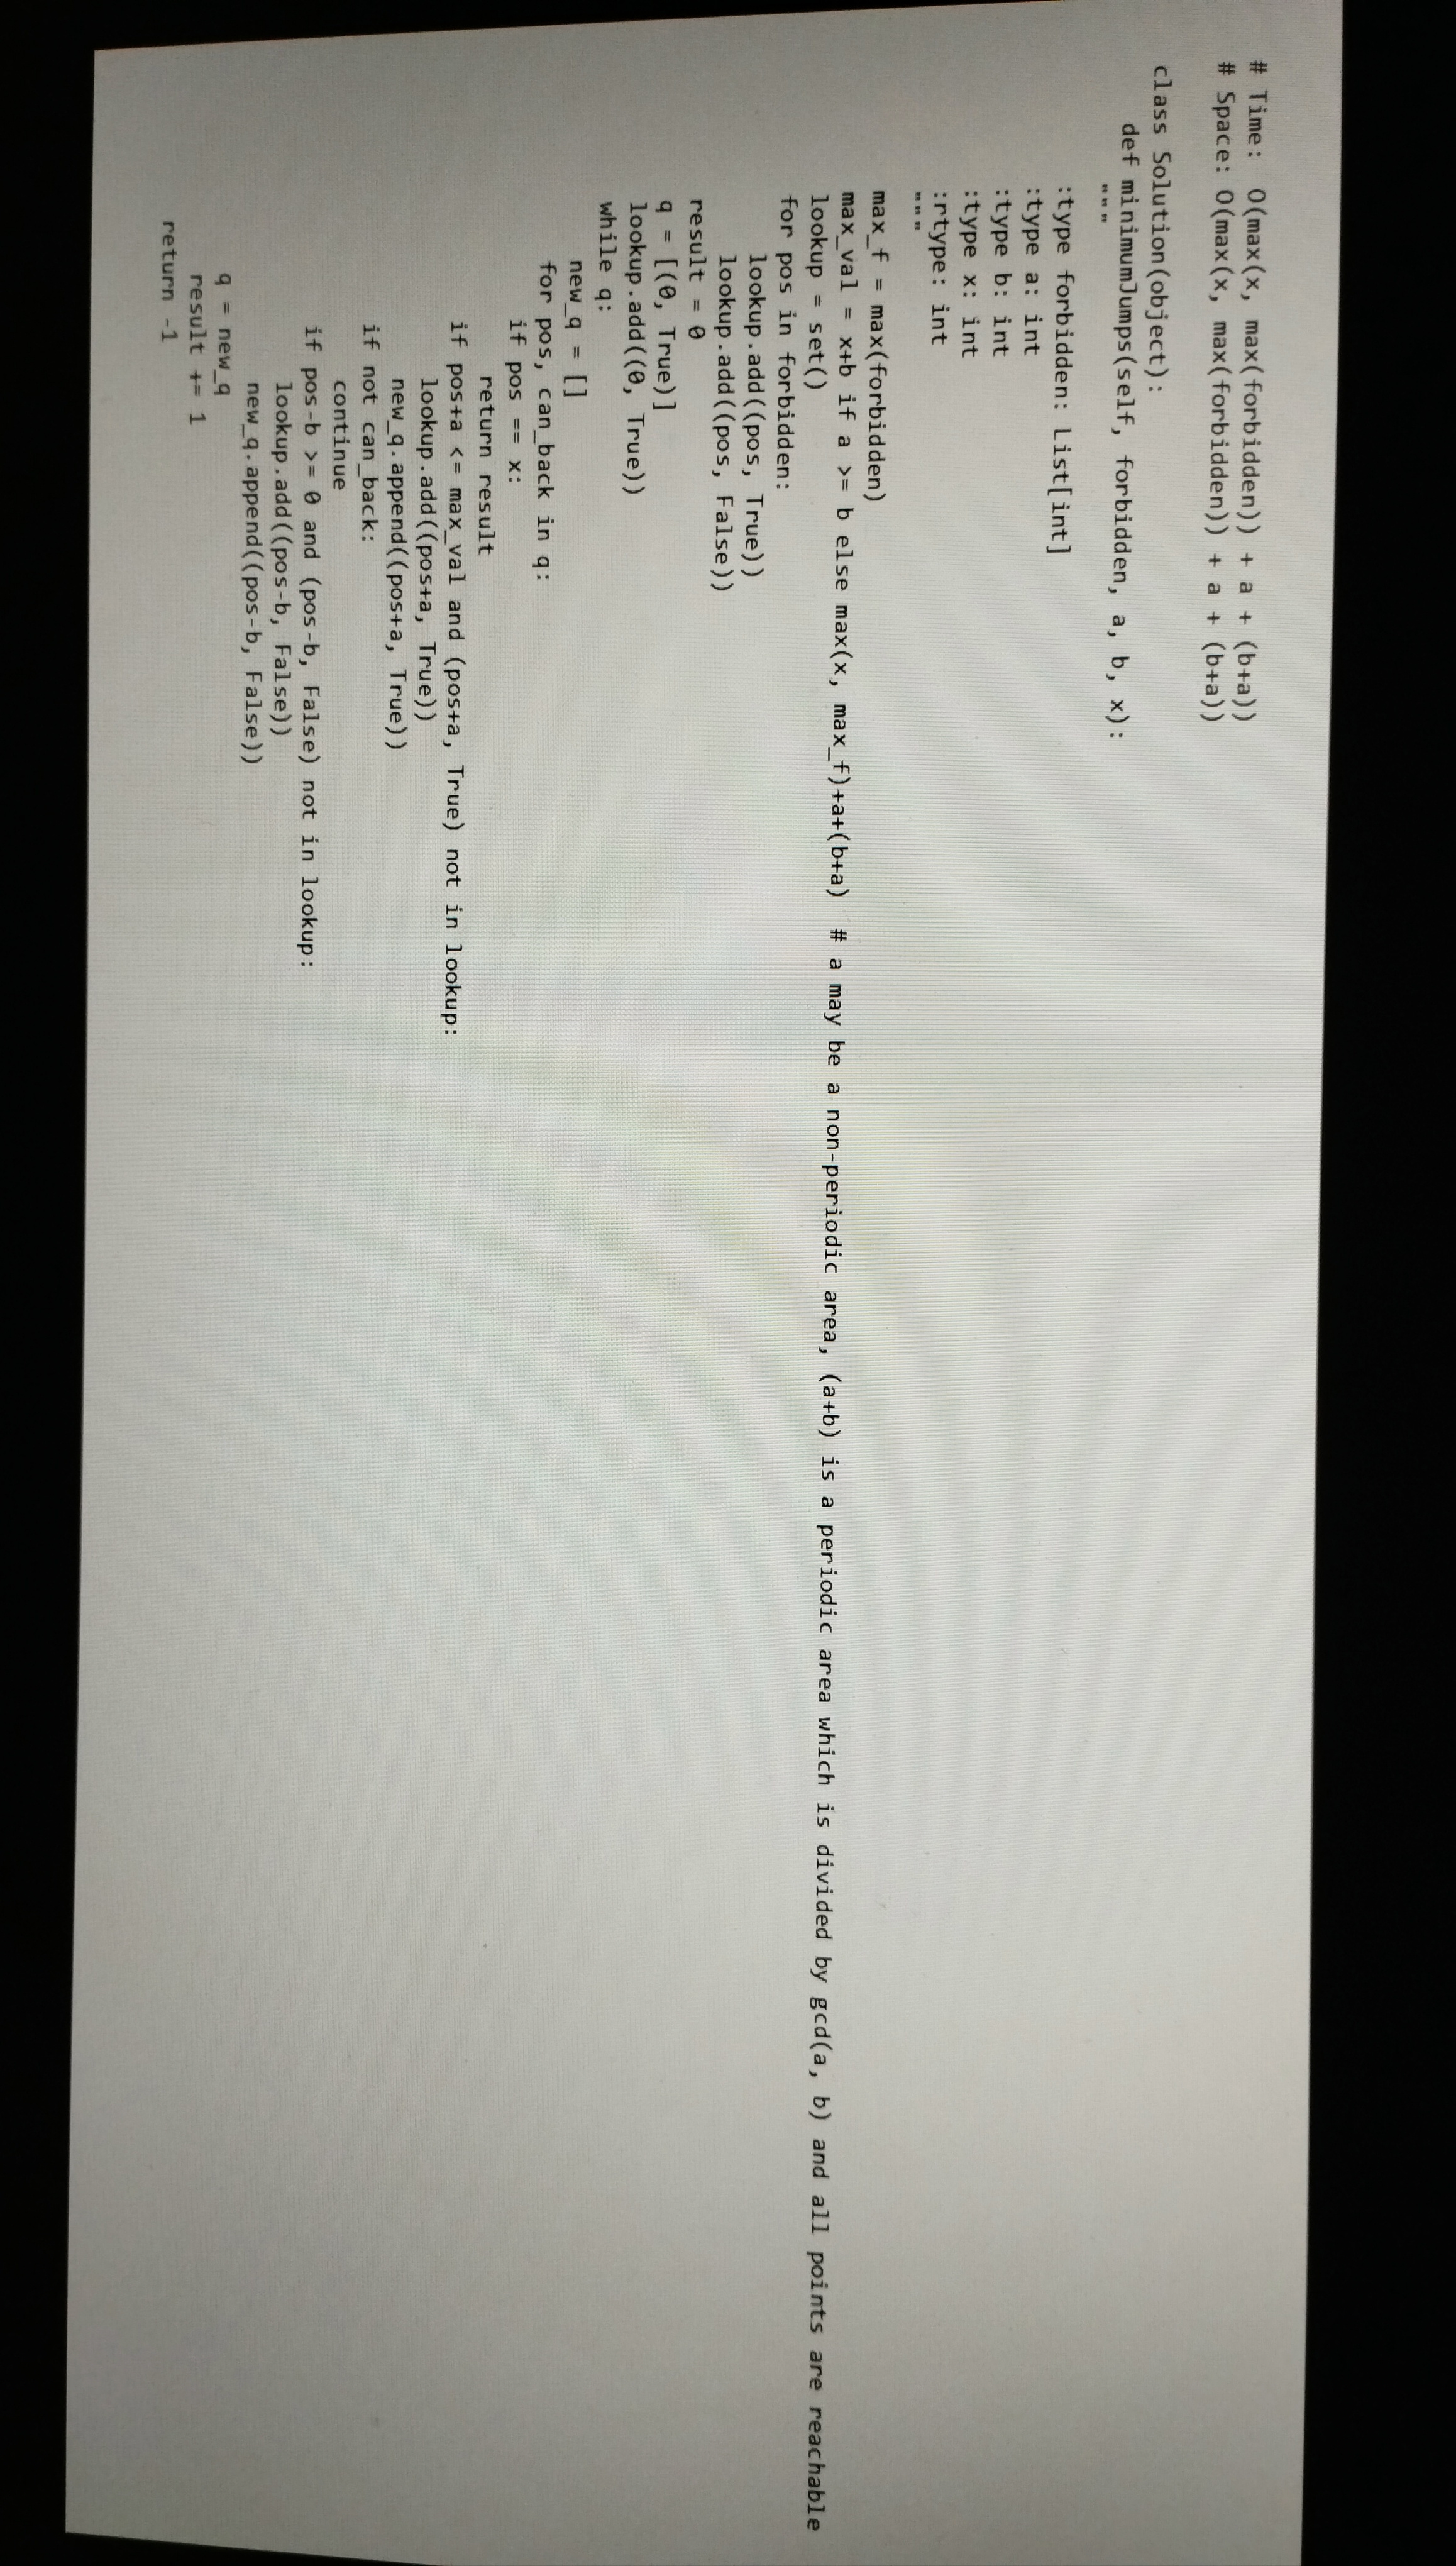
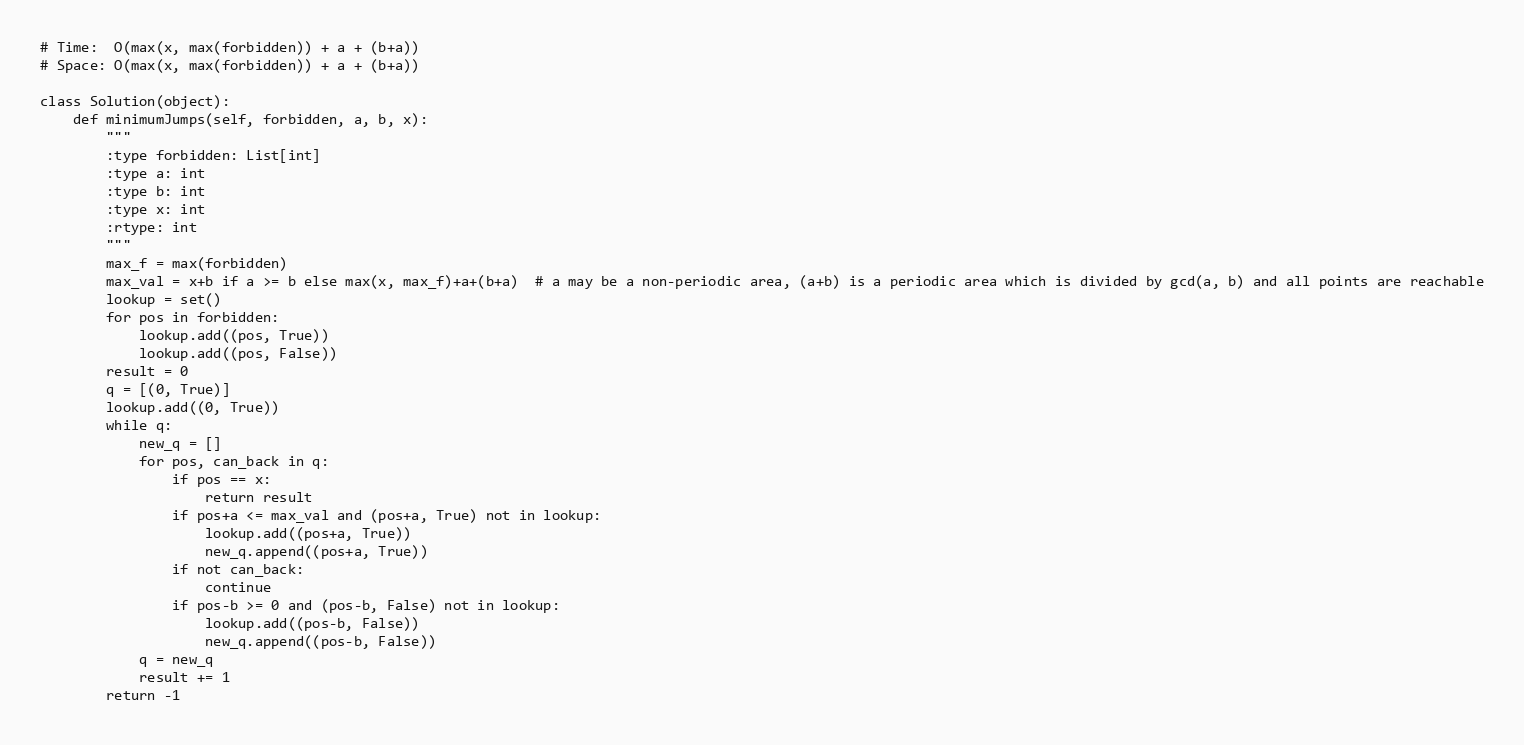
# Time:  O(max(x, max(forbidden)) + a + (b+a))
# Space: O(max(x, max(forbidden)) + a + (b+a))

class Solution(object):
    def minimumJumps(self, forbidden, a, b, x):
        """
        :type forbidden: List[int]
        :type a: int
        :type b: int
        :type x: int
        :rtype: int
        """
        max_f = max(forbidden)
        max_val = x+b if a >= b else max(x, max_f)+a+(b+a)  # a may be a non-periodic area, (a+b) is a periodic area which is divided by gcd(a, b) and all points are reachable
        lookup = set()
        for pos in forbidden:
            lookup.add((pos, True))
            lookup.add((pos, False))
        result = 0
        q = [(0, True)]
        lookup.add((0, True))
        while q:
            new_q = []
            for pos, can_back in q:
                if pos == x:
                    return result
                if pos+a <= max_val and (pos+a, True) not in lookup:
                    lookup.add((pos+a, True))
                    new_q.append((pos+a, True))
                if not can_back:
                    continue
                if pos-b >= 0 and (pos-b, False) not in lookup:
                    lookup.add((pos-b, False))
                    new_q.append((pos-b, False))
            q = new_q
            result += 1
        return -1